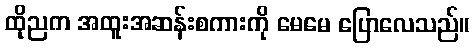
ထိုညက အထူးအဆန်းစကားကို မေမေ ပြောလေသည်။